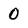
Character: 0